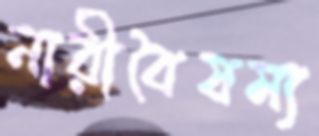
নারীবৈষম্য